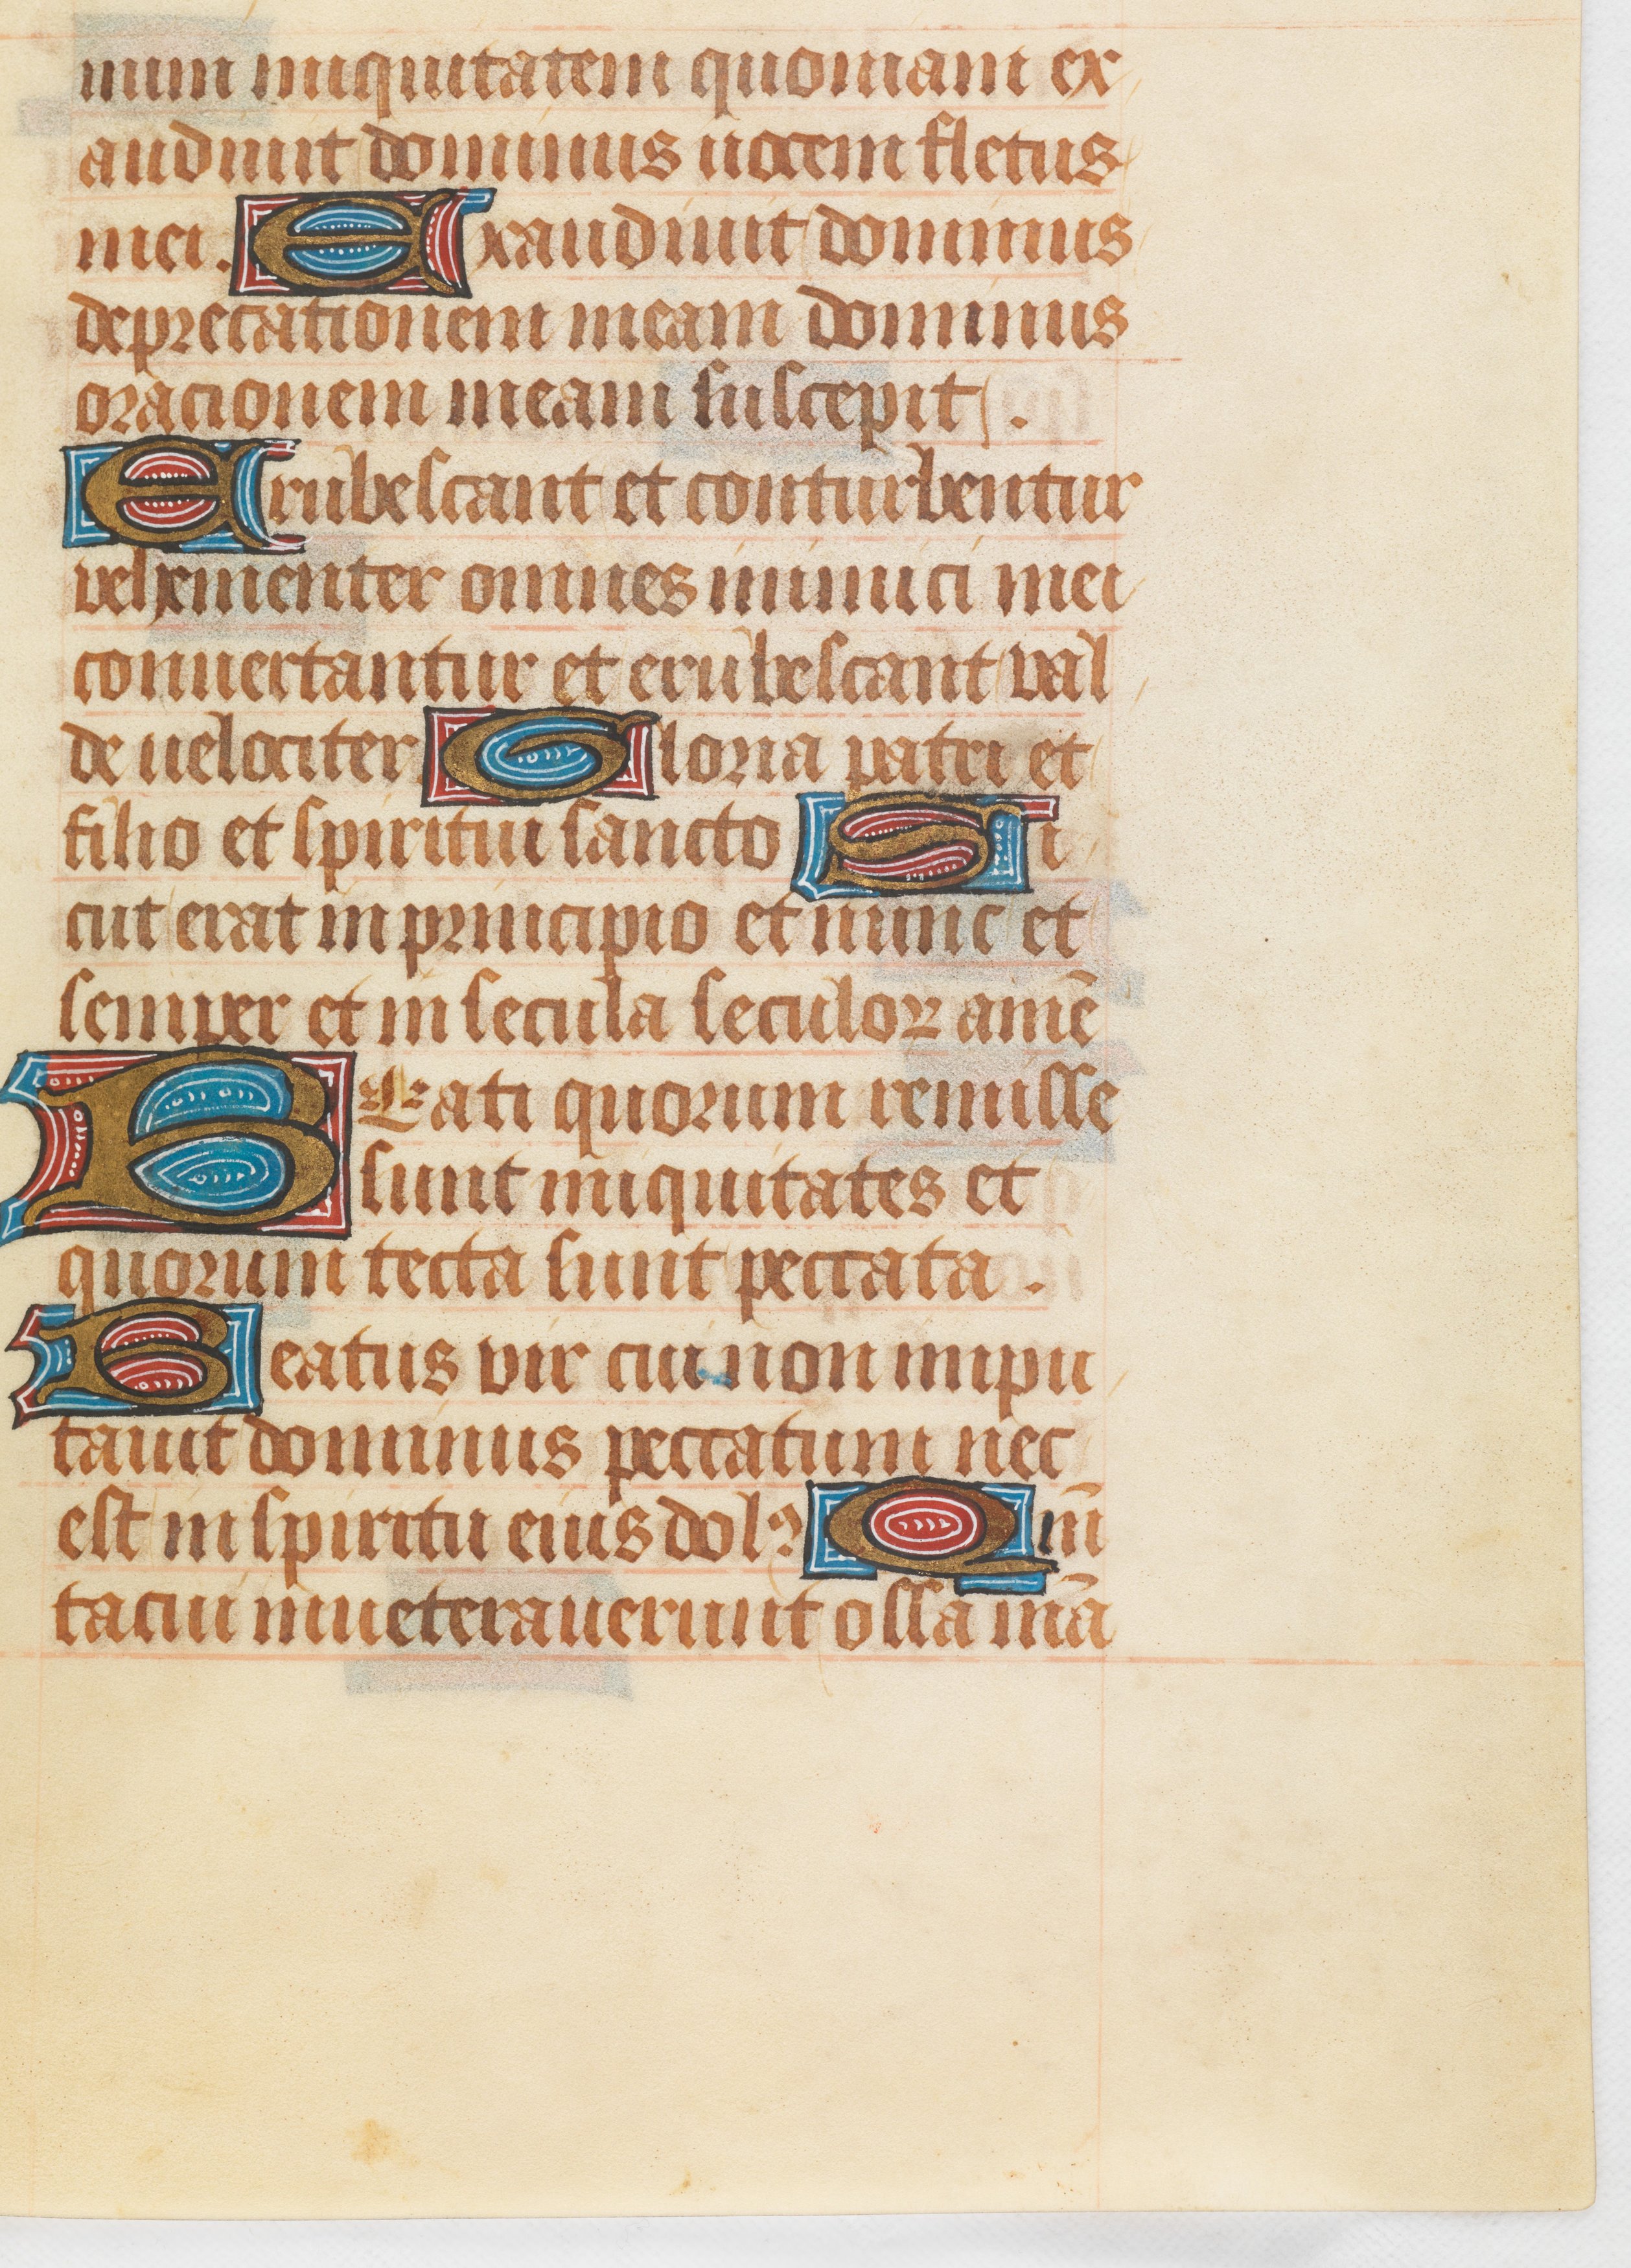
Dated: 1511–1520